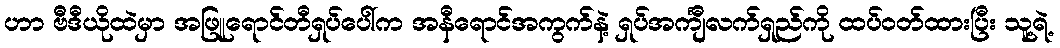
ဟာ ဗီဒီယိုထဲမှာ အဖြူရောင်တီရှပ်ပေါ်က အနီရောင်အကွက်နဲ့ ရှပ်အင်္ကျီလက်ရှည်ကို ထပ်ဝတ်ထားပြီး သူ့ရဲ့